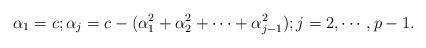
LaTeX: \begin{align*}\alpha_1 =c ;\alpha_{j} = c - (\alpha_1^2 + \alpha_2^2 + \cdots + \alpha_{j-1}^2);j =2, \cdots, p-1.\end{align*}